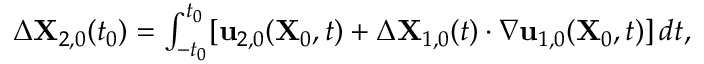
\begin{array} { r } { \Delta \mathbf { X } _ { 2 , 0 } ( t _ { 0 } ) = \int _ { - t _ { 0 } } ^ { t _ { 0 } } [ \mathbf { u } _ { 2 , 0 } ( \mathbf { X } _ { 0 } , t ) + \Delta \mathbf { X } _ { 1 , 0 } ( t ) \cdot \nabla \mathbf { u } _ { 1 , 0 } ( \mathbf { X } _ { 0 } , t ) ] \, d t , } \end{array}